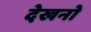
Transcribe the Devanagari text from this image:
देखनो